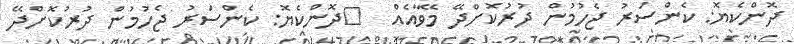
ދޮންކެޔޮ: ކެންސަރު ޖެހުމުން ދުރުކޮށްދޭ މޭވާއެއް  	ދޮންކެޔޮ: ކެންސަރު ޖެހުމުން ދުރުކޮށްދޭ